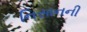
નિસાનની